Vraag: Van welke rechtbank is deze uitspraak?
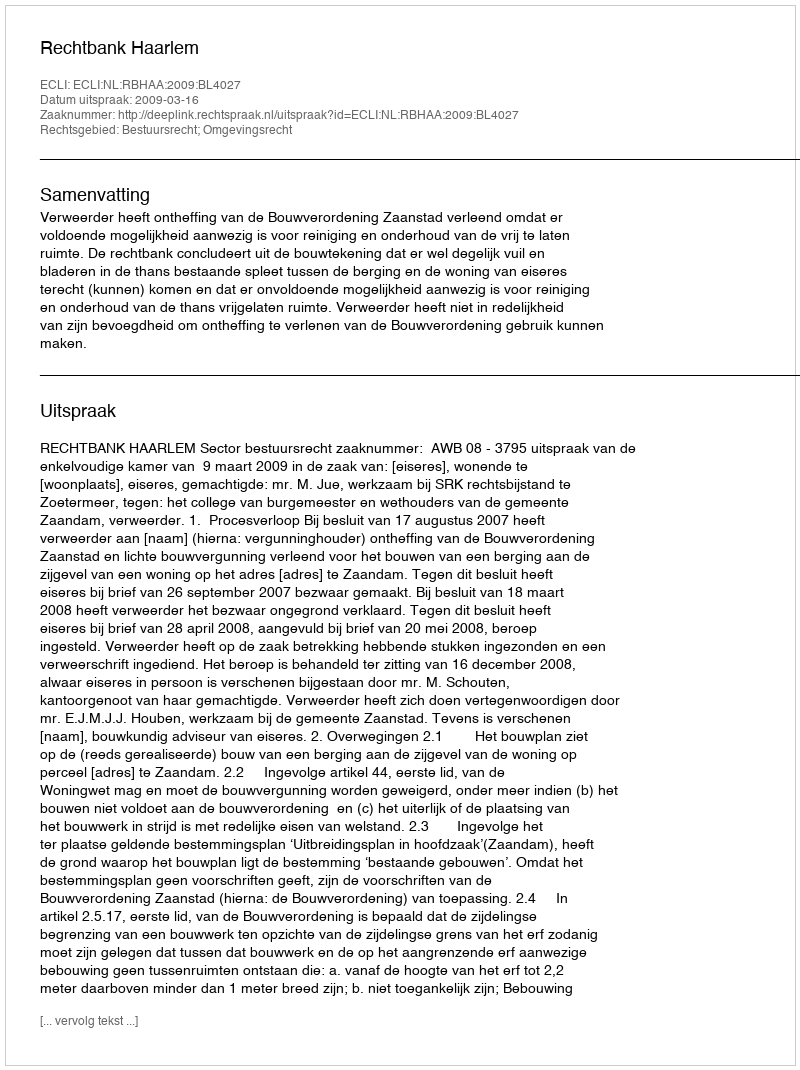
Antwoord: Rechtbank Haarlem